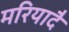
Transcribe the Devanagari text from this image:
मरियादै